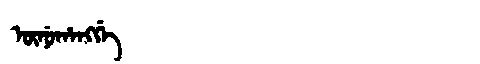
Manchu: ᡡᠨᡠᡥᠠᠩᡤᡝ
Romanization: ŪNUHANGGE